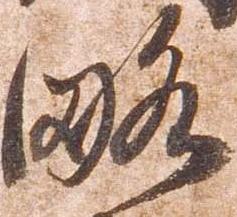
略